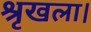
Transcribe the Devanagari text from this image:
श्रृखला।